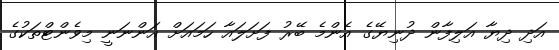
އަދި ދިޔާ އަލިފާން ދުނިޔޭގެ އެންމެ ބޭރު ފަށަލައާ ހަމައަށް އަންނަނީ މިވެންޓްތަކުގެ